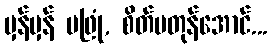
မှန်မှန် မဖြုံ, စိတ်မတုန်အောင်...